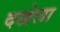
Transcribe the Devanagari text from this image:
दखेला